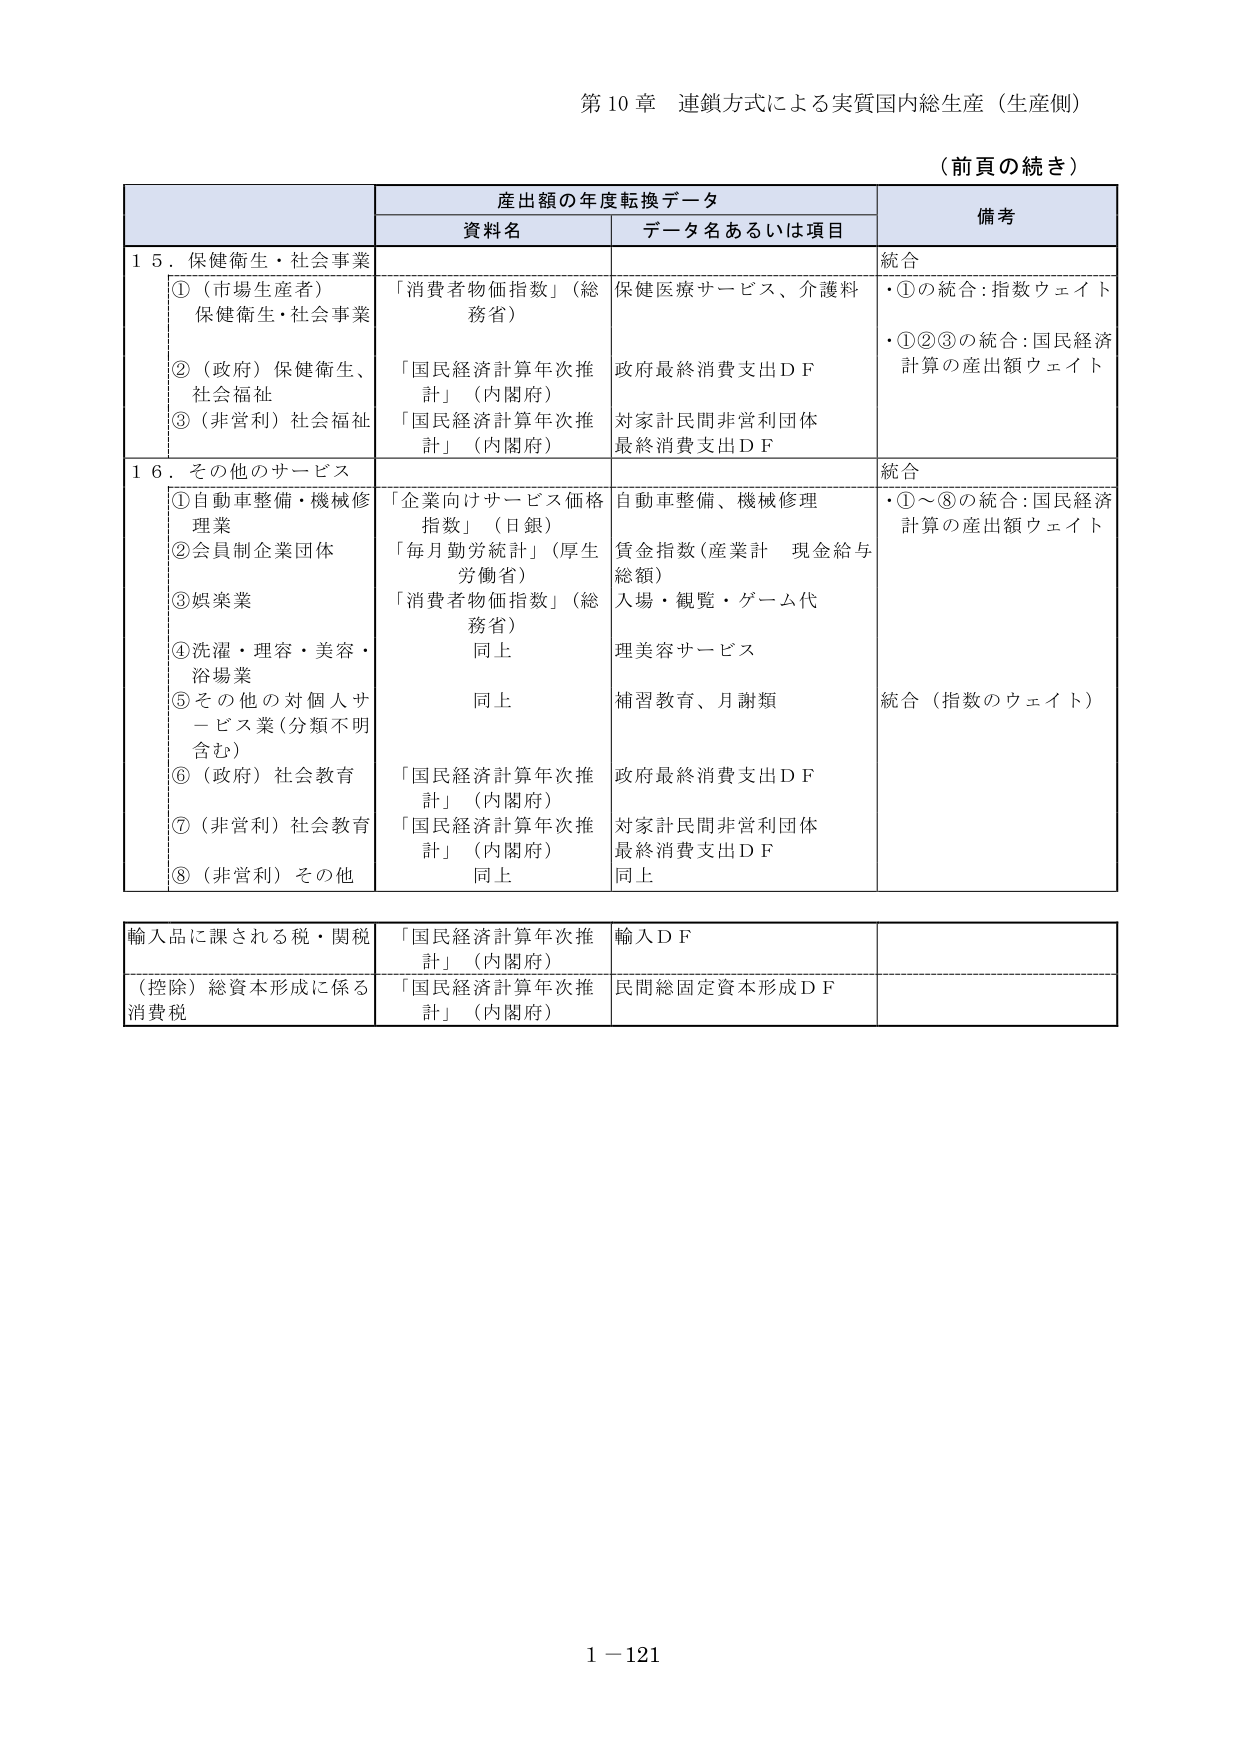
第10章 連鎖方式による実質国内総生産（生産側）

（前頁の続き）

産出額の年度転換データ

資料名 データ名あるいは項目 備考

15．保健衛生・社会事業 統合
①（市場生産者）保健衛生・社会事業 「消費者物価指数」（総務省） 保健医療サービス、介護料 ・①の統合：指数ウェイト
②（政府）保健衛生、社会福祉 「国民経済計算年次推計」（内閣府） 政府最終消費支出ＤＦ ・①②③の統合：国民経済計算の産出額ウェイト
③（非営利）社会福祉 「国民経済計算年次推計」（内閣府） 対家計民間非営利団体最終消費支出ＤＦ

16．その他のサービス 統合
①自動車整備・機械修理業 「企業向けサービス価格指数」（日銀） 自動車整備、機械修理 ・①～⑧の統合：国民経済計算の産出額ウェイト
②会員制企業団体 「毎月勤労統計」（厚生労働省） 賃金指数（産業計 現金給与総額）
③娯楽業 「消費者物価指数」（総務省） 入場・観覧・ゲーム代
④洗濯・理容・美容・浴場業 同上 理美容サービス
⑤その他の対個人サービス業（分類不明含む） 同上 補習教育、月謝類 統合（指数のウェイト）
⑥（政府）社会教育 「国民経済計算年次推計」（内閣府） 政府最終消費支出ＤＦ
⑦（非営利）社会教育 「国民経済計算年次推計」（内閣府） 対家計民間非営利団体最終消費支出ＤＦ
⑧（非営利）その他 同上 同上

輸入品に課される税・関税 「国民経済計算年次推計」（内閣府） 輸入ＤＦ

（控除）総資本形成に係る消費税 「国民経済計算年次推計」（内閣府） 民間総固定資本形成ＤＦ

1－121